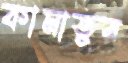
কামাতুর